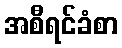
အစီရင်ခံစာ